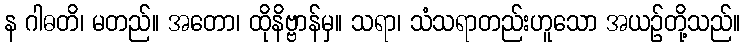
န ဂါဓတိ၊ မတည်။ အတော၊ ထိုနိဗ္ဗာန်မှ။ သရာ၊ သံသရာတည်းဟူသော အယဉ်တို့သည်။